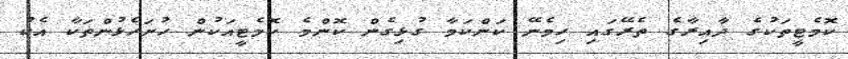
ކޮމެޓީތަކުގެ ދާއިރާގެ ތެރޭގައި ހިމެނޭ ކަންކަމާ ގުޅިގެން ކޮންމެ ކޮމެޓީއަކުން ހުށަހެޅުންތަކާ އެކު